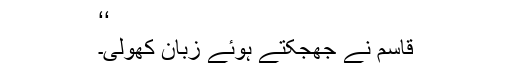
‘‘
قاسم نے جھجکتے ہوئے زبان کھولی۔